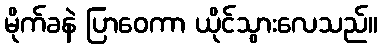
မိုက်ခနဲ ပြာဝေကာ ယိုင်သွားလေသည်။